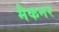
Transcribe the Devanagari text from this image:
मैकनर